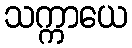
သက္ကာယေ